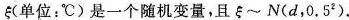
ξ(单位：℃)是一个随机变量，且ξ~N(d，0.52)。